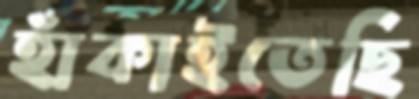
হাঁকাইতেছি